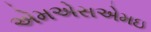
એમએસએમઇ